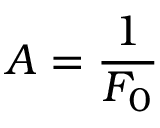
A = \frac { 1 } { F _ { 0 } }